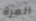
المرة